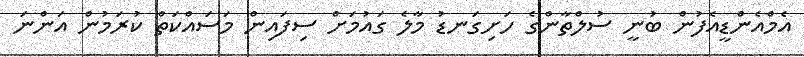
އެމްއެންޑީއެފުން ބުނީ ސުލްތާންގެ ހަށިގަނޑު މާލެ ގައުމަށް ސިފައިން މަސައްކަތް ކުރަމުން އަންނަ